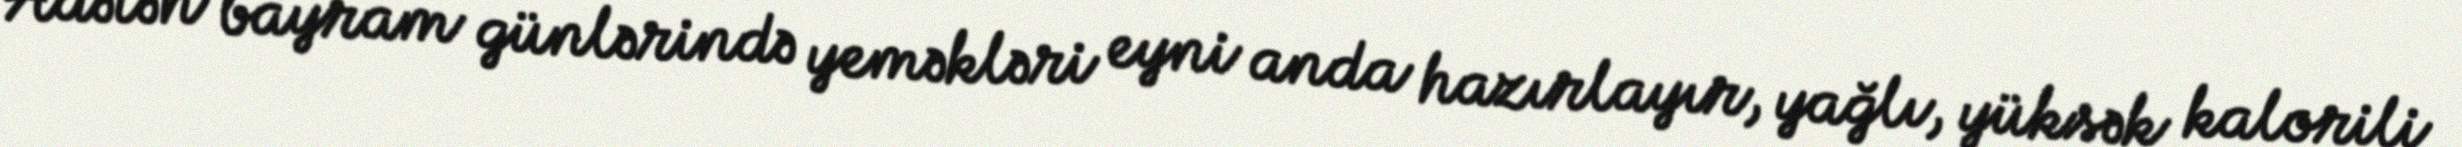
Adətən bayram günlərində yeməkləri eyni anda hazırlayır, yağlı, yüksək kalorili